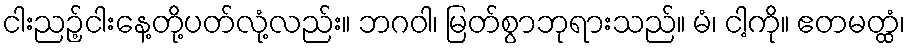
ငါးညဉ့်ငါးနေ့တို့ပတ်လုံ့လည်း။ ဘဂဝါ၊ မြတ်စွာဘုရားသည်။ မံ၊ ငါ့ကို။ ဧတမတ္ထံ၊